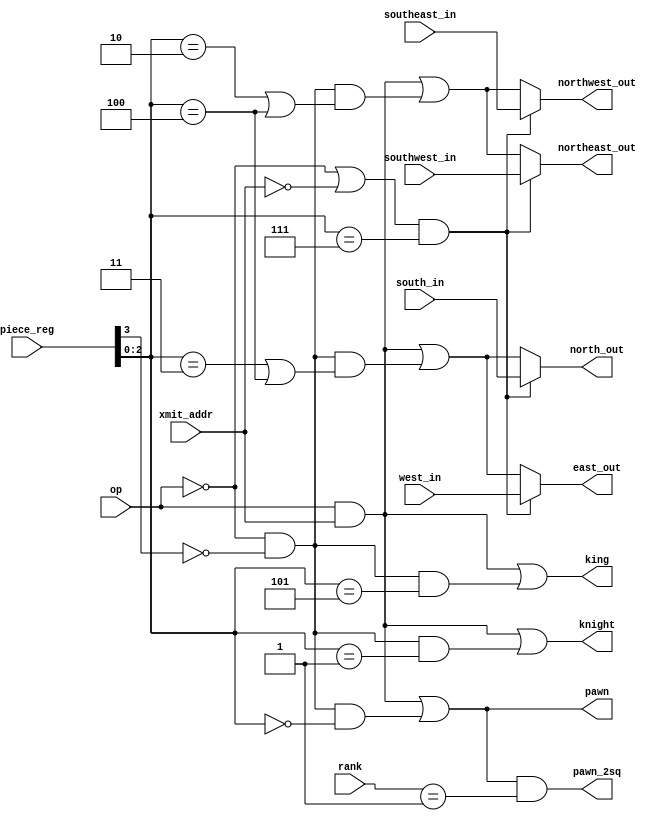
// This program was cloned from: https://github.com/Ravenslofty/tt07-chess
// License: Apache License 2.0

/*
 * Copyright (c) 2024 Hannah Ravensloft
 * SPDX-License-Identifier: Apache-2.0
 */

/* verilator lint_off DECLFILENAME */

`default_nettype none

`define PAWN   3'd0
`define KNIGHT 3'd1
`define BISHOP 3'd2
`define ROOK   3'd3
`define QUEEN  3'd4
`define KING   3'd5
`define EMPTY  3'd7

`define US   1'b0
`define THEM 1'b1

`define VICTIM    1'b0
`define AGGRESSOR 1'b1


// Propagate incoming attacks or generate attacks from this square.
module xmit_half (
    input  wire [3:0] piece_reg,
    input  wire       op,
    input  wire       xmit_addr,
    input  wire [2:0] rank,
    input  wire       south_in,
    input  wire       west_in,
    input  wire       southeast_in,
    input  wire       southwest_in,
    output wire       north_out,
    output wire       east_out,
    output wire       northeast_out,
    output wire       northwest_out,
    output wire       knight,
    output wire       king,
    output wire       pawn,
    output wire       pawn_2sq
);

wire [2:0] piece = piece_reg[2:0];
wire color = piece_reg[3];

wire manhattan = (op == `AGGRESSOR && xmit_addr) || (op == `VICTIM && color == `US && (piece == `ROOK || piece == `QUEEN));
wire diagonal = (op == `AGGRESSOR && xmit_addr) || (op == `VICTIM && color == `US && (piece == `BISHOP || piece == `QUEEN));
wire empty = (op == `VICTIM || ~xmit_addr) && piece == `EMPTY;

assign knight = (op == `AGGRESSOR && xmit_addr) || (op == `VICTIM && color == `US && piece == `KNIGHT);
assign king = (op == `AGGRESSOR && xmit_addr) || (op == `VICTIM && color == `US && piece == `KING);
assign pawn = (op == `AGGRESSOR && xmit_addr) || (op == `VICTIM && color == `US && piece == `PAWN);
assign pawn_2sq = pawn && (rank == 1);

// If there is an empty piece, attacks propagate through, otherwise it depends on the piece.
assign north_out = empty ? south_in : manhattan;
assign east_out  = empty ? west_in  : manhattan;

assign northeast_out = empty ? southwest_in : diagonal;
assign northwest_out = empty ? southeast_in : diagonal;

endmodule


// Based on incoming attacks, propagate a priority level.
module recv (
    input  wire [3:0] piece_reg,
    input  wire       op,
    input  wire       enable_reg,
    input  wire       manhattan,
    input  wire       diagonal,
    input  wire       knight,
    input  wire       king,
    input  wire       pawn,
    input  wire       pawn_2sq,
    input  wire       pawn_cap,
    output reg  [2:0] priority_,
    output reg        illegal
);

wire [2:0] piece = piece_reg[2:0];
wire color = piece_reg[3];

wire attacked  = |{manhattan, diagonal, knight, king, pawn_cap};
wire moved     = |{pawn, pawn_2sq};

always @* begin
    illegal = 0;
    if (!enable_reg) begin
        priority_ = 3'h0;
    end else if (op == `VICTIM) begin
        illegal = attacked && piece == `KING && color == `THEM;
        if (piece == `QUEEN && attacked && color == `THEM)
            priority_ = 6;
        else if (piece == `ROOK && attacked && color == `THEM)
            priority_ = 5;
        else if (piece == `BISHOP && attacked && color == `THEM)
            priority_ = 4;
        else if (piece == `KNIGHT && attacked && color == `THEM)
            priority_ = 3;
        else if (piece == `PAWN && attacked && color == `THEM)
            priority_ = 2;
        else if (piece == `EMPTY && (attacked || moved))
            priority_ = 1;
        else
            priority_ = 0;
    end else begin
        if (piece == `PAWN && |{pawn_cap, pawn, pawn_2sq} && color == `US)
            priority_ = 6;
        else if (piece == `KNIGHT && knight && color == `US)
            priority_ = 5;
        else if (piece == `BISHOP && diagonal && color == `US)
            priority_ = 4;
        else if (piece == `ROOK && manhattan && color == `US)
            priority_ = 3;
        else if (piece == `QUEEN && (diagonal || manhattan) && color == `US)
            priority_ = 2;
        else if (piece == `KING && king && color == `US)
            priority_ = 1;
        else
            priority_ = 0;
    end
end

endmodule


module stage (
    input  wire [31:0] piece_reg,
    input  wire [7:0]  enable_reg,
    input  wire        op,
    input  wire [5:0]  xmit_addr,
    input  wire [2:0]  rank,
    input  wire [7:0]  south_in,
    input  wire [7:0]  southeast_in,
    input  wire [7:0]  southwest_in,
    input  wire [7:0]  knight_in,
    input  wire [7:0]  king_in,
    input  wire [7:0]  pawn_in,
    input  wire [7:0]  pawn_2sq_in,
    output wire [7:0]  north_out,
    output wire [7:0]  northeast_out,
    output wire [7:0]  northwest_out,
    output wire [7:0]  knight_out,
    output wire [7:0]  king_out,
    output wire [7:0]  pawn_out,
    output wire [7:0]  pawn_2sq_out,
    output wire [23:0] priority_,
    output wire [7:0]  illegal
);

wire [7:0] east_out;

generate
    genvar file;
    for (file = 0; file < 8; file = file + 1) begin:blk_file
        xmit_half transmitter (
            .piece_reg(piece_reg[4*file +: 4]),
            .op(op),
            .xmit_addr(xmit_addr == {rank, file[2:0]}),
            .rank(rank),
            .south_in(south_in[file]),
            .west_in(file > 0 ? east_out[file-1] : 1'b0),
            .southeast_in(southeast_in[file]),
            .southwest_in(southwest_in[file]),
            .north_out(north_out[file]),
            .east_out(east_out[file]),
            .northeast_out(northeast_out[file]),
            .northwest_out(northwest_out[file]),
            .knight(knight_out[file]),
            .king(king_out[file]),
            .pawn(pawn_out[file]),
            .pawn_2sq(pawn_2sq_out[file])
        );

        wire manhattan = |{
            file > 0 ? east_out[file-1] : 1'b0,
            south_in[file]
        };

        wire diagonal = |{
            southeast_in[file],
            southwest_in[file]
        };

        wire pawn_cap = |{
            file > 0 ? pawn_in[file-1] : 1'b0,
            file < 7 ? pawn_in[file+1] : 1'b0
        };

        recv receiver (
            .piece_reg(piece_reg[4*file +: 4]),
            .op(op),
            .enable_reg(enable_reg[file]),
            .manhattan(manhattan),
            .diagonal(diagonal),
            .knight(knight_in[file]),
            .king(king_in[file] | (file > 0 ? king_out[file-1] : 1'b0)),
            .pawn(pawn_in[file]),
            .pawn_2sq(pawn_2sq_in[file]),
            .pawn_cap(pawn_cap),
            .priority_(priority_[3*file +: 3]),
            .illegal(illegal[file])
        );
    end
endgenerate

endmodule


// Decide the priority for a single square.
module arb_unit (
    input  wire [2:0] prio_in,
    input  wire [5:0] square_in,
    input  wire [2:0] priority_,
    input  wire [5:0] square,
    output reg  [2:0] prio_out,
    output reg  [5:0] square_out
);

always @* begin
    if (priority_ > prio_in) begin
        prio_out = priority_;
        square_out = square;
    end else begin
        prio_out = prio_in;
        square_out = square_in;
    end
end

endmodule


// Decide the priority for all squares.
module arb (
    input  wire [2:0]  priority_in,
    input  wire [5:0]  square_in,
    input  wire [95:0] priority_up,
    input  wire [2:0]  rank_up,
    output wire [2:0]  priority_out,
    output wire [6:0]  data_out
);

wire [95:0] prio_in = {priority_up};
wire [95:0] prio_out;
/* verilator lint_off UNUSEDSIGNAL */
wire [95:0] rank_in = {32{rank_up}}; // not all bits used
/* verilator lint_on UNUSEDSIGNAL */
wire [191:0] sq_out;

assign data_out[5:0] = sq_out[191:186];
assign data_out[6] = prio_out[95:93] == 0;
assign priority_out = prio_out[95:93];

generate
    genvar chain;
    for (chain = 0; chain < 32; chain = chain + 1) begin:arb
        arb_unit unit (
            .prio_in(chain == 0 ? priority_in : prio_out[3*(chain-1) +: 3]),
            .square_in(chain == 0 ? square_in : sq_out[6*(chain-1) +: 6]),
            .priority_(prio_in[3*chain +: 3]),
            .square({rank_in[3*chain+2], chain[4:0]}),
            .prio_out(prio_out[3*chain +: 3]),
            .square_out(sq_out[6*chain +: 6])
        );
    end
endgenerate

endmodule


module tt_um_chess (
    input  wire [7:0] ui_in,    // Dedicated inputs
    output wire [7:0] uo_out,   // Dedicated outputs
    input  wire [7:0] uio_in,   // IOs: Input path
    output wire [7:0] uio_out,  // IOs: Output path
    output wire [7:0] uio_oe,   // IOs: Enable path (active high: 0=input, 1=output)
    /* verilator lint_off UNUSEDSIGNAL */
    input  wire       ena,      // always 1 when the design is powered, so you can ignore it
    /* verilator lint_on UNUSEDSIGNAL */
    input  wire       clk,      // clock
    input  wire       rst_n     // reset_n - low to reset
);

reg [255:0] piece_reg;
reg [63:0] enable_reg;
reg op;
reg [5:0] xmit_addr;

/* verilator lint_off UNUSEDSIGNAL */
wire [7:0] addr; // not all bits used.
/* verilator lint_on UNUSEDSIGNAL */
wire [7:0] data_in;
reg  [7:0] data_out;

// uio used as extra input bits.
assign addr     = ui_in;
assign data_in  = uio_in;
assign uo_out   = data_out;
assign uio_out  = 0;
assign uio_oe   = 0;

reg  [2:0]  rank_up;
reg  [7:0]  southeast_up, south_up, southwest_up, knight_up1, knight_up, king_up, pawn_up;
/* verilator lint_off UNUSEDSIGNAL */
wire [7:0]  northeast_one, north_one, northwest_one, knight_out_one, king_out_one, pawn_out_one, pawn_2sq_out_one;
/* verilator lint_off UNUSEDSIGNAL */
wire [23:0] priority_one;
wire [7:0]  illegal_one;

stage one (
    .piece_reg(piece_reg[32*rank_up +: 32]),
    .enable_reg(enable_reg[8*rank_up +: 8]),
    .op(op),
    .xmit_addr(xmit_addr),
    .rank(rank_up),
    .south_in(south_up),
    .southeast_in(southeast_up),
    .southwest_in(southwest_up),
    .knight_in(knight_up),
    .king_in(king_up),
    .pawn_in(pawn_up),
    .pawn_2sq_in(8'b0),
    .north_out(north_one),
    .northeast_out(northeast_one),
    .northwest_out(northwest_one),
    .knight_out(knight_out_one),
    .king_out(king_out_one),
    .pawn_out(pawn_out_one),
    .pawn_2sq_out(pawn_2sq_out_one),
    .priority_(priority_one),
    .illegal(illegal_one)
);

wire [5:0]  rank_plus_one = {3'b0, rank_up} + 1;
/* verilator lint_off UNUSEDSIGNAL */
wire [7:0]  northeast_two, north_two, northwest_two, knight_out_two, king_out_two, pawn_out_two, pawn_2sq_out_two;
/* verilator lint_off UNUSEDSIGNAL */
wire [23:0] priority_two;
wire [7:0]  illegal_two;


stage two (
    .piece_reg(piece_reg[32*rank_plus_one +: 32]),
    .enable_reg(enable_reg[8*rank_plus_one +: 8]),
    .op(op),
    .xmit_addr(xmit_addr),
    .rank(rank_plus_one[2:0]),
    .south_in(north_one),
    .southeast_in({1'b0, northwest_one[7:1]}),
    .southwest_in({northeast_one[6:0], 1'b0}),
    .knight_in({2'b0, knight_out_one[7:2]} | {knight_out_one[5:0], 2'b0} | knight_up1),
    .king_in({1'b0, king_out_one[7:1]} | {king_out_one[6:0], 1'b0} | king_out_one),
    .pawn_in(pawn_out_one),
    .pawn_2sq_in(8'b0),
    .north_out(north_two),
    .northeast_out(northeast_two),
    .northwest_out(northwest_two),
    .knight_out(knight_out_two),
    .king_out(king_out_two),
    .pawn_out(pawn_out_two),
    .pawn_2sq_out(pawn_2sq_out_two),
    .priority_(priority_two),
    .illegal(illegal_two)
);

wire [5:0]  rank_plus_two = {3'b0, rank_up} + 2;
/* verilator lint_off UNUSEDSIGNAL */
wire [7:0]  northeast_three, north_three, northwest_three, knight_out_three, king_out_three, pawn_out_three, pawn_2sq_out_three;
/* verilator lint_off UNUSEDSIGNAL */
wire [23:0] priority_three;
wire [7:0]  illegal_three;


stage three (
    .piece_reg(piece_reg[32*rank_plus_two +: 32]),
    .enable_reg(enable_reg[8*rank_plus_two +: 8]),
    .op(op),
    .xmit_addr(xmit_addr),
    .rank(rank_plus_two[2:0]),
    .south_in(north_two),
    .southeast_in({1'b0, northwest_two[7:1]}),
    .southwest_in({northeast_two[6:0], 1'b0}),
    .knight_in({2'b0, knight_out_two[7:2]} | {knight_out_two[5:0], 2'b0} | {1'b0, knight_out_one[7:1]} | {knight_out_one[6:0], 1'b0}),
    .king_in({1'b0, king_out_two[7:1]} | {king_out_two[6:0], 1'b0} | king_out_two),
    .pawn_in(pawn_out_two),
    .pawn_2sq_in(8'b0),
    .north_out(north_three),
    .northeast_out(northeast_three),
    .northwest_out(northwest_three),
    .knight_out(knight_out_three),
    .king_out(king_out_three),
    .pawn_out(pawn_out_three),
    .pawn_2sq_out(pawn_2sq_out_three),
    .priority_(priority_three),
    .illegal(illegal_three)
);

wire [5:0]  rank_plus_three = {3'b0, rank_up} + 3;
/* verilator lint_off UNUSEDSIGNAL */
wire [7:0]  northeast_up, north_up, northwest_up, knight_out_up, king_out_up, pawn_out_up, pawn_2sq_out_up;
/* verilator lint_off UNUSEDSIGNAL */
wire [23:0] priority_up;
wire [7:0]  illegal_up;


stage four (
    .piece_reg(piece_reg[32*rank_plus_three +: 32]),
    .enable_reg(enable_reg[8*rank_plus_three +: 8]),
    .op(op),
    .xmit_addr(xmit_addr),
    .rank(rank_plus_three[2:0]),
    .south_in(north_three),
    .southeast_in({1'b0, northwest_three[7:1]}),
    .southwest_in({northeast_three[6:0], 1'b0}),
    .knight_in({2'b0, knight_out_three[7:2]} | {knight_out_three[5:0], 2'b0} | {1'b0, knight_out_two[7:1]} | {knight_out_two[6:0], 1'b0}),
    .king_in({1'b0, king_out_three[7:1]} | {king_out_three[6:0], 1'b0} | king_out_three),
    .pawn_in(pawn_out_three),
    .pawn_2sq_in(pawn_2sq_out_two),
    .north_out(north_up),
    .northeast_out(northeast_up),
    .northwest_out(northwest_up),
    .knight_out(knight_out_up),
    .king_out(king_out_up),
    .pawn_out(pawn_out_up),
    .pawn_2sq_out(pawn_2sq_out_up),
    .priority_(priority_up),
    .illegal(illegal_up)
);

reg  [2:0] priority_;
wire [2:0] priority_out;
wire [6:0] data_out_next;

arb arbitrator (
    .priority_in(priority_),
    .square_in(data_out[5:0]),
    .priority_up({priority_up, priority_three, priority_two, priority_one}),
    .rank_up(rank_up),
    .priority_out(priority_out),
    .data_out(data_out_next)
);

// Address   / Data
// 0b1111__NN NNNN____: FIND-SRC; N is the transmitter to select
// 0b1110____ ________: FIND-DST
// 0b1101__NN NNNN___V: SET-ENABLE; N is the square to set; V is the value
// 0b1100____ ________: ENABLE-ALL
// 0b1011__NN NNNNVVVV: SET-SQUARE, N is the square to set; value to set in data
// 0b1010____ ________: ROTATE-BOARD
// 0b1001____ ________: FLIP-COLORS
// 0b1000____ ________: ENABLE-FRIENDLY
// 0b0111____ ________: SPILL-ENABLE
// 0b0110____ ________: FILL-ENABLE
// 0b0101__NN NNNN____: GET-SQUARE
// 0b00______ ________: NO-OP

// Nice to have:
// read-enable

wire [255:0] piece_reg_rotated;
wire [63:0]  enable_reg_rotated;
wire [255:0] piece_reg_colorflipped;
wire [63:0]  friendly_pieces;
reg  [5:0]   rotated;

generate
    genvar i;
    for (i = 0; i < 64; i = i + 1) begin
        localparam j = i ^ 63;
        assign piece_reg_rotated[4*i +: 4]      = piece_reg[4*j +: 4];
        assign enable_reg_rotated[i]            = enable_reg[j];
        assign piece_reg_colorflipped[4*i +: 4] = piece_reg[4*i +: 4] ^ 4'b1000;
        assign friendly_pieces[i]               = piece_reg[4*i+3] == `US;
    end
endgenerate

reg [1:0] state;
always @(posedge clk) begin
    // move generator state
    rank_up      <= 0;
    southeast_up <= 0;
    south_up     <= 0;
    southwest_up <= 0;
    knight_up1   <= 0;
    knight_up    <= 0;
    king_up      <= 0;
    pawn_up      <= 0;

    // arbitrator state
    priority_    <= 0;

    if (!rst_n) begin
        data_out   <= 0;
        piece_reg  <= ~256'b0;
        enable_reg <= ~64'b0;
        op         <= 0;
        xmit_addr  <= 0;
        state      <= 0;
        rotated    <= 0;
    end else begin
        casez (state)
        0: begin
            casez (addr[7:4])
            4'b111?: begin
                op <= addr[4];
                xmit_addr <= ({addr[1:0], data_in[7:4]}) ^ rotated;
                state <= 1;
            end
            4'b1101:
                enable_reg[{addr[1:0], data_in[7:4]} ^ rotated] <= data_in[0];
            4'b1100:
                enable_reg <= ~64'd0;
            4'b1011:
                piece_reg[4*({addr[1:0], data_in[7:4]} ^ rotated) +: 4] <= data_in[3:0];
            4'b1010: begin
                piece_reg  <= piece_reg_rotated;
                enable_reg <= enable_reg_rotated;
                rotated    <= ~rotated;
            end
            4'b1001:
                piece_reg <= piece_reg_colorflipped;
            4'b1000:
                enable_reg <= enable_reg | friendly_pieces;
            4'b0111:
                state <= 2;
            4'b0110:
                state <= 3;
            4'b0101:
                data_out <= {4'b0, piece_reg[4*({addr[1:0], data_in[7:4]} ^ rotated) +: 4]};
            4'b0100:
                /* reserved for future expansion */;
            4'b00??:
                /* NO-OP */;
            endcase
        end
        1: begin
            rank_up      <= rank_up + 4;
            southeast_up <= {1'b0, northwest_up[7:1]};
            south_up     <= north_up;
            southwest_up <= {northeast_up[6:0], 1'b0};
            knight_up1   <= {1'b0, knight_out_up[7:1]} | {knight_out_up[6:0], 1'b0};
            knight_up    <= {2'b0, knight_out_up[7:2]} | {knight_out_up[5:0], 2'b0} | {1'b0, knight_out_three[7:1]} | {knight_out_three[6:0], 1'b0};
            king_up      <= {1'b0, king_out_up[7:1]}   | {king_out_up[6:0], 1'b0}   | king_out_up;
            pawn_up      <= pawn_out_up;
            priority_    <= priority_out;
            data_out     <= {data_out[7] | |illegal_one | |illegal_two | |illegal_three | |illegal_up, data_out_next};
            if (rank_up == 4) begin
                data_out <= {data_out[7] | |illegal_one | |illegal_two | |illegal_three | |illegal_up, data_out_next ^ {1'b0, rotated}};
                state    <= 0;
            end
        end
        2: begin
            rank_up  <= rank_up + 1;
            data_out <= enable_reg[8*rank_up +: 8];
            if (rank_up == 7)
                state <= 0;
        end
        3: begin
            rank_up  <= rank_up + 1;
            enable_reg[8*rank_up +: 8] <= data_in;
            if (rank_up == 7)
                state <= 0;
        end
        endcase
    end
end

endmodule